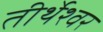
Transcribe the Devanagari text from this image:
तीर्थेश्वर